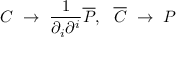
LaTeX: { \cal C } ~ \to ~ \frac { 1 } { \partial _ { i } \partial ^ { i } } { \overline { { { \cal P } } } } , ~ ~ { \overline { { { \cal C } } } } ~ \to ~ { \cal P }